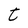
Character: t